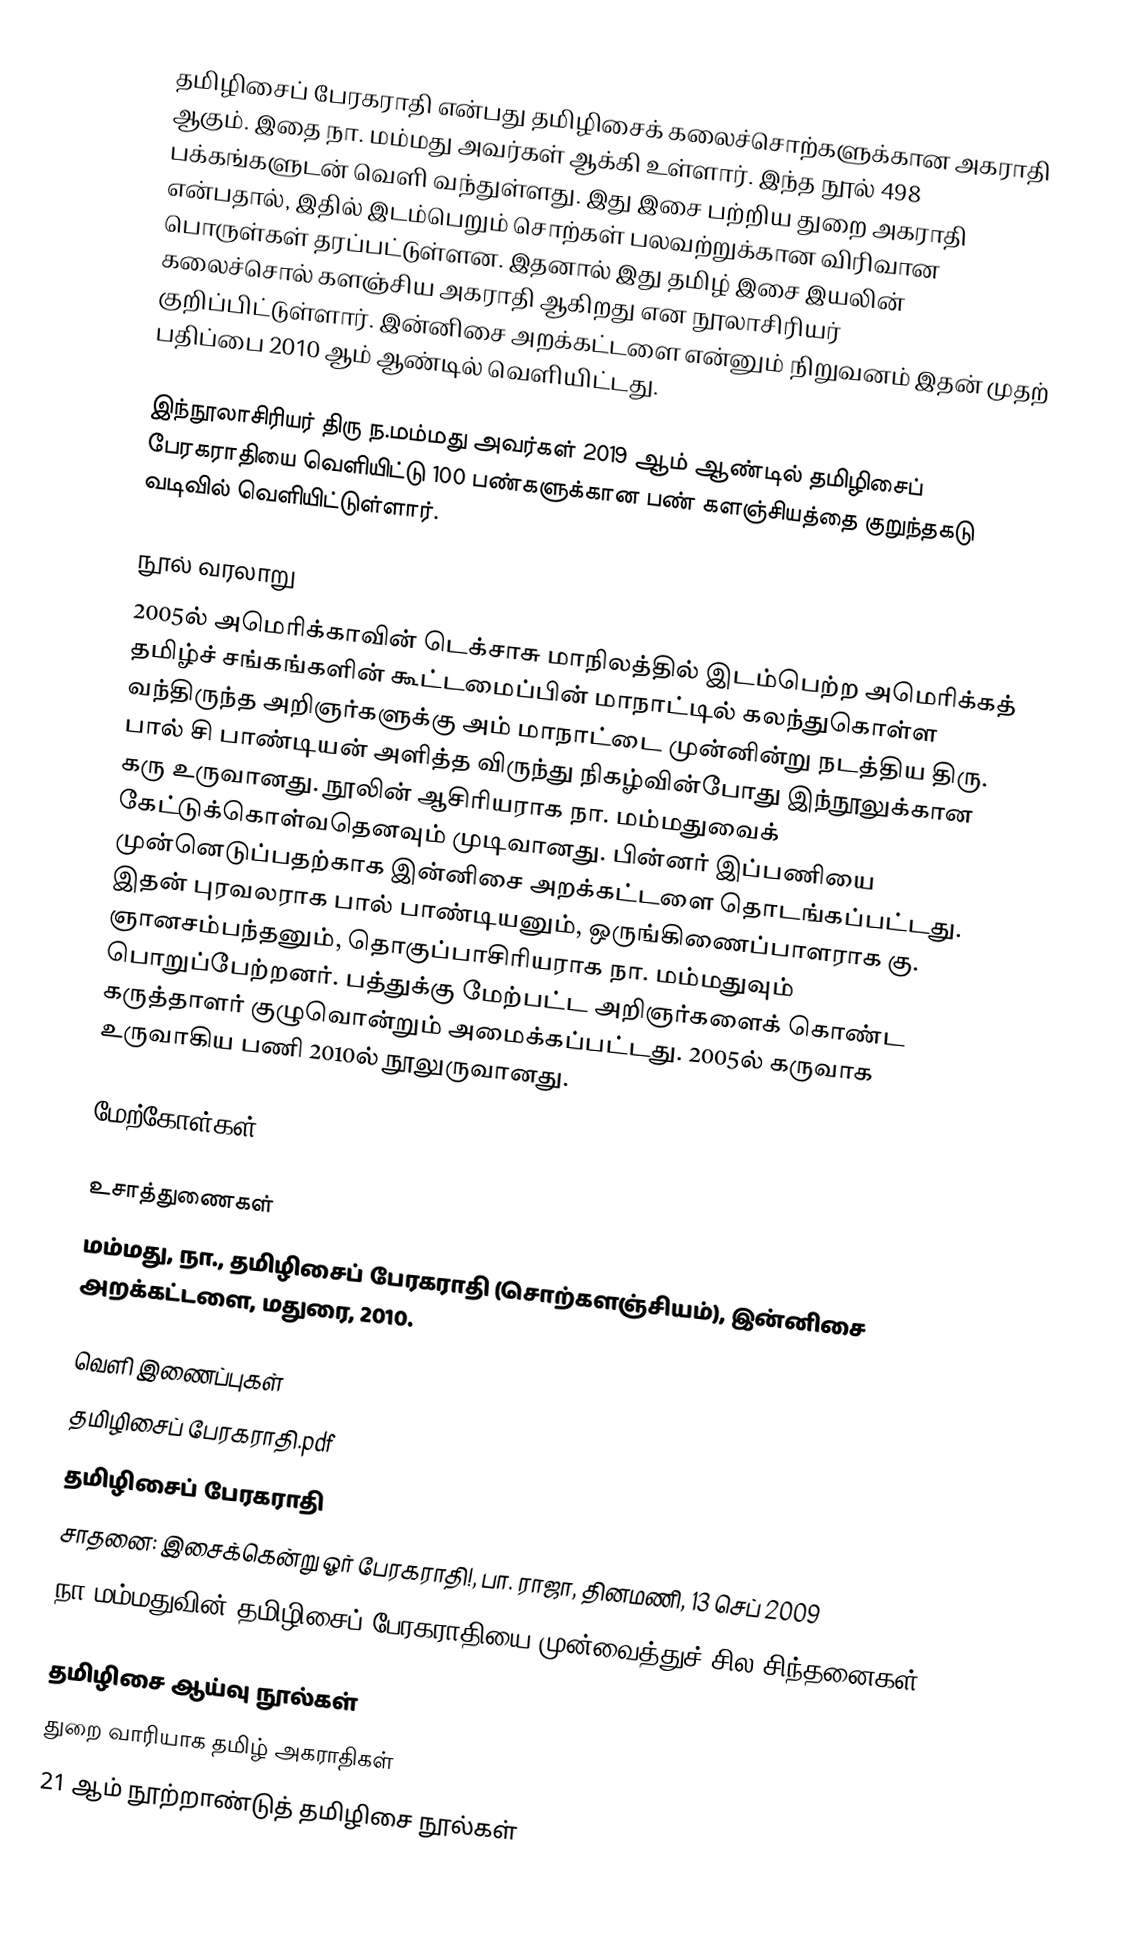
தமிழிசைப் பேரகராதி என்பது தமிழிசைக் கலைச்சொற்களுக்கான அகராதி ஆகும்.  இதை நா. மம்மது அவர்கள் ஆக்கி உள்ளார். இந்த நூல் 498 பக்கங்களுடன் வெளி வந்துள்ளது. இது இசை பற்றிய துறை அகராதி என்பதால், இதில் இடம்பெறும் சொற்கள் பலவற்றுக்கான விரிவான பொருள்கள் தரப்பட்டுள்ளன. இதனால் இது தமிழ் இசை இயலின் கலைச்சொல் களஞ்சிய அகராதி ஆகிறது என நூலாசிரியர் குறிப்பிட்டுள்ளார். இன்னிசை அறக்கட்டளை என்னும் நிறுவனம் இதன் முதற் பதிப்பை 2010 ஆம் ஆண்டில் வெளியிட்டது.

இந்நூலாசிரியர் திரு ந.மம்மது அவர்கள் 2019 ஆம் ஆண்டில் தமிழிசைப் பேரகராதியை வெளியிட்டு 100 பண்களுக்கான பண் களஞ்சியத்தை குறுந்தகடு வடிவில் வெளியிட்டுள்ளார்.

நூல் வரலாறு
2005ல் அமெரிக்காவின் டெக்சாசு மாநிலத்தில் இடம்பெற்ற அமெரிக்கத் தமிழ்ச் சங்கங்களின் கூட்டமைப்பின் மாநாட்டில் கலந்துகொள்ள வந்திருந்த அறிஞர்களுக்கு அம் மாநாட்டை முன்னின்று நடத்திய திரு. பால் சி பாண்டியன் அளித்த விருந்து நிகழ்வின்போது இந்நூலுக்கான கரு உருவானது. நூலின் ஆசிரியராக நா. மம்மதுவைக் கேட்டுக்கொள்வதெனவும் முடிவானது. பின்னர் இப்பணியை முன்னெடுப்பதற்காக இன்னிசை அறக்கட்டளை தொடங்கப்பட்டது. இதன் புரவலராக பால் பாண்டியனும், ஒருங்கிணைப்பாளராக கு. ஞானசம்பந்தனும், தொகுப்பாசிரியராக நா. மம்மதுவும் பொறுப்பேற்றனர். பத்துக்கு மேற்பட்ட அறிஞர்களைக் கொண்ட கருத்தாளர் குழுவொன்றும் அமைக்கப்பட்டது. 2005ல் கருவாக உருவாகிய பணி 2010ல் நூலுருவானது.

மேற்கோள்கள்

உசாத்துணைகள்
 மம்மது, நா., தமிழிசைப் பேரகராதி (சொற்களஞ்சியம்), இன்னிசை அறக்கட்டளை, மதுரை, 2010.

வெளி இணைப்புகள்
தமிழிசைப் பேரகராதி.pdf
 தமிழிசைப் பேரகராதி
 சாதனை: இசைக்கென்று ஓர் பேரகராதி!, பா. ராஜா, தினமணி, 13 செப் 2009
 நா.மம்மதுவின் தமிழிசைப் பேரகராதியை முன்வைத்துச் சில சிந்தனைகள்

தமிழிசை ஆய்வு நூல்கள்
துறை வாரியாக தமிழ் அகராதிகள்
21 ஆம் நூற்றாண்டுத் தமிழிசை நூல்கள்